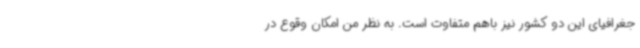
جغرافیای این دو کشور نیز باهم متفاوت است. به نظر من امکان وقوع در